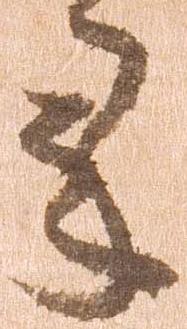
承